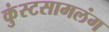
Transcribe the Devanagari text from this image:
कुंस्टसामलंग